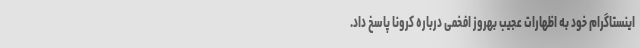
اینستاگرام خود به اظهارات عجیب بهروز افخمی درباره کرونا پاسخ داد.